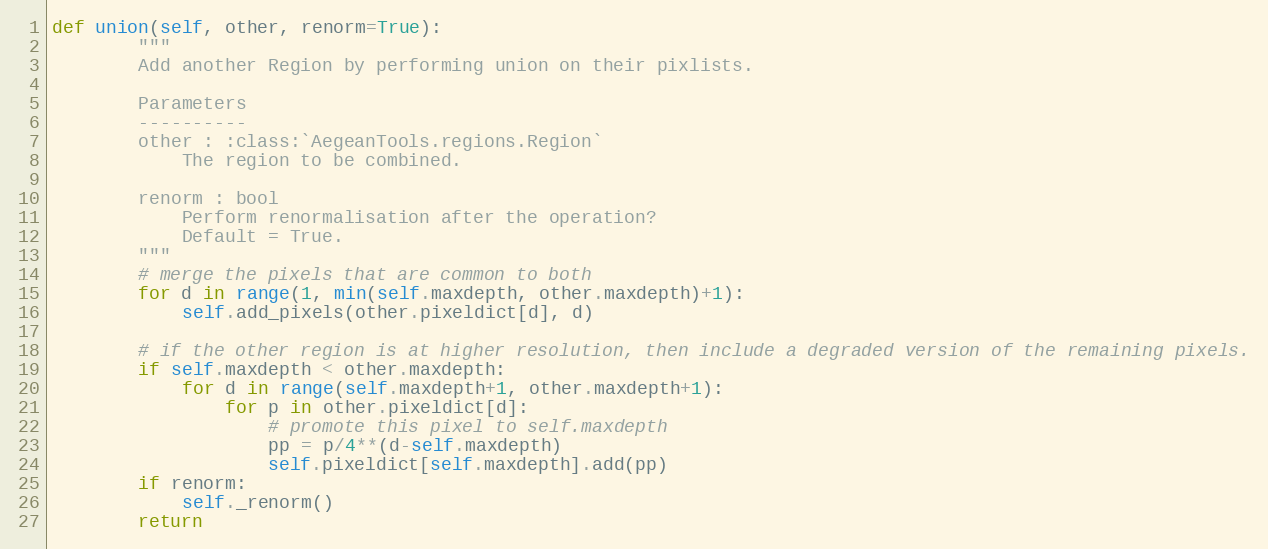
Language: Python
def union(self, other, renorm=True):
        """
        Add another Region by performing union on their pixlists.

        Parameters
        ----------
        other : :class:`AegeanTools.regions.Region`
            The region to be combined.

        renorm : bool
            Perform renormalisation after the operation?
            Default = True.
        """
        # merge the pixels that are common to both
        for d in range(1, min(self.maxdepth, other.maxdepth)+1):
            self.add_pixels(other.pixeldict[d], d)

        # if the other region is at higher resolution, then include a degraded version of the remaining pixels.
        if self.maxdepth < other.maxdepth:
            for d in range(self.maxdepth+1, other.maxdepth+1):
                for p in other.pixeldict[d]:
                    # promote this pixel to self.maxdepth
                    pp = p/4**(d-self.maxdepth)
                    self.pixeldict[self.maxdepth].add(pp)
        if renorm:
            self._renorm()
        return